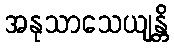
အနုသာသေယျန္တိ